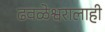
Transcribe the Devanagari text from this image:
ढवळेश्वरालाही